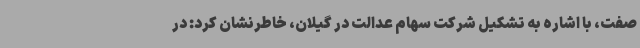
صفت، با اشاره به تشکیل شرکت سهام عدالت در گیلان، خاطرنشان کرد: در